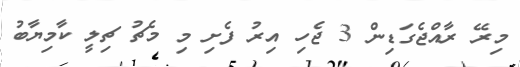
މިރޭ ރާއްޖެގަޑިން 3 ޖެހި އިރު ފެށި މި މެޗު ޗިލީ ކާމިޔާބު